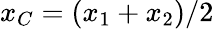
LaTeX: x_{C}=(x_{1}+x_{2})/2